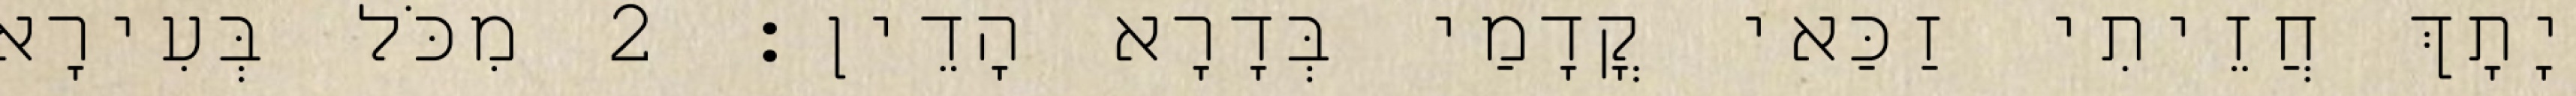
יָתָךְ חֲזֵיתִי זַכַּאי קֳדָמַי בְּדָרָא הָדֵין׃ 2 מִכֹּל בְּעִירָא